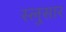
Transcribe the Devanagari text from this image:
स्लुसार